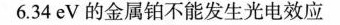
6.34eV的金属铂不能发生光电效应